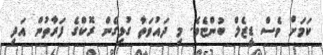
ކަމަށް ވެސް ޑީޒެލް ބުންޏެވެ. މި ދައުވަތާ ގުޅިގެން ރޮކްގެ ފަރާތުން އަދި